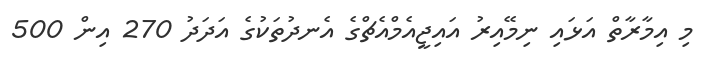
މި އިމާރާތް އަޅައި ނިމޭއިރު އައިޖީއެމްއެޗްގެ އެނދުތަކުގެ އަދަދު 270 އިން 500